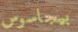
بيجاسوس